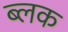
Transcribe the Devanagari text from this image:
ब्लक